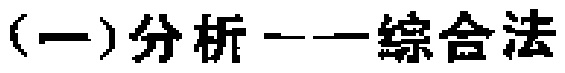
解 原式=\(\left(\frac{\sin^{2}\frac{\alpha}{2}}{\cos^{2}\frac{\alpha}{2}} - \frac{\cos^{2}\frac{\alpha}{2}}{\sin^{2}\frac{\alpha}{2}}\right) / \left(\frac{1}{\cos^{2}\frac{\alpha}{2}}+\frac{1}{\sin^{2}\frac{\alpha}{2}}\right)\)

\(=\sin^{2}\frac{\alpha}{2}-\cos^{2}\frac{\alpha}{2}=-\cos\alpha\)